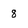
Character: 8